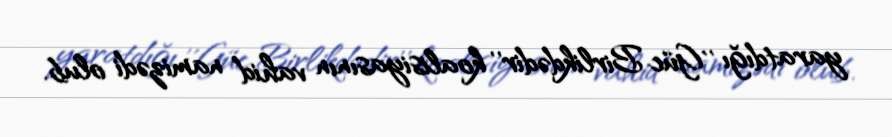
yaratdığı ’’Güc Birlikdədir’’ koalisiyasının vahid namizədi olub.